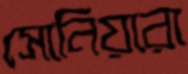
সোনিয়ারা